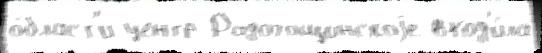
о́бласт'и центр Радогощинскоjе вход'и́ла